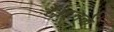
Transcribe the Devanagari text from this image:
हैं।इनके